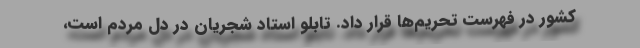
کشور در فهرست تحریم‌ها قرار داد. تابلو استاد شجریان در دل مردم است،